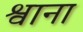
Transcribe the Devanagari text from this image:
श्वाना